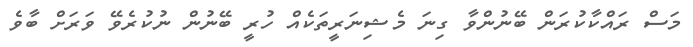
މަސް ރައްކާކުރަން ބޭނުންވާ ގިނަ މެޝިނަރީތަކެއް ހުރީ ބޭނުން ނުކުރެވޭ ވަރަށް ބާވެ